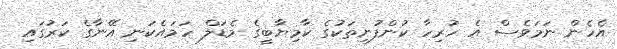
އެހެން ނަމަވެސް އެ ހުރިހާ ކުންފުނިތަކުގެ ކާމިޔާބީގެ މެޑަލް ހަމައެކަނި އޭނާގެ ކަރުގައި